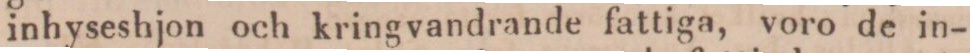
inhyseshjon och kringvandrande fattiga, voro de in-